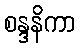
စန္ဒနိကာ